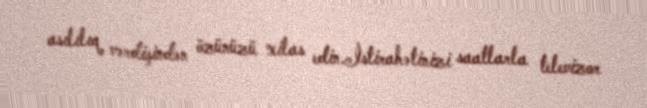
asılılıq vərdişindən özünüzü xilas edin.İstirahətinizi saatlarla televizor